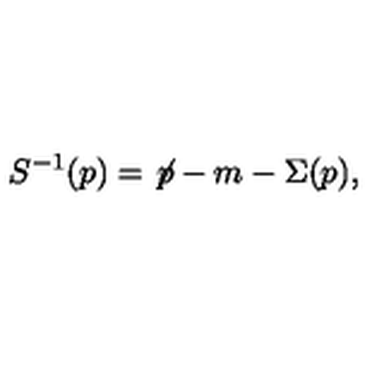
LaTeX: S ^ { - 1 } ( p ) = { \not \! p } - m - \Sigma ( p ) ,